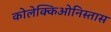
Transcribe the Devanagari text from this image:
कोलेक्किओनिस्तास